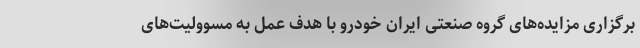
برگزاری مزایده‌های گروه صنعتی ایران خودرو با هدف عمل به مسوولیت‌های